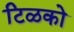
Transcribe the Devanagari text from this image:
टिळको